Indian journal of veterinary science and animal husbandry - Volume 9,
Year: 1939
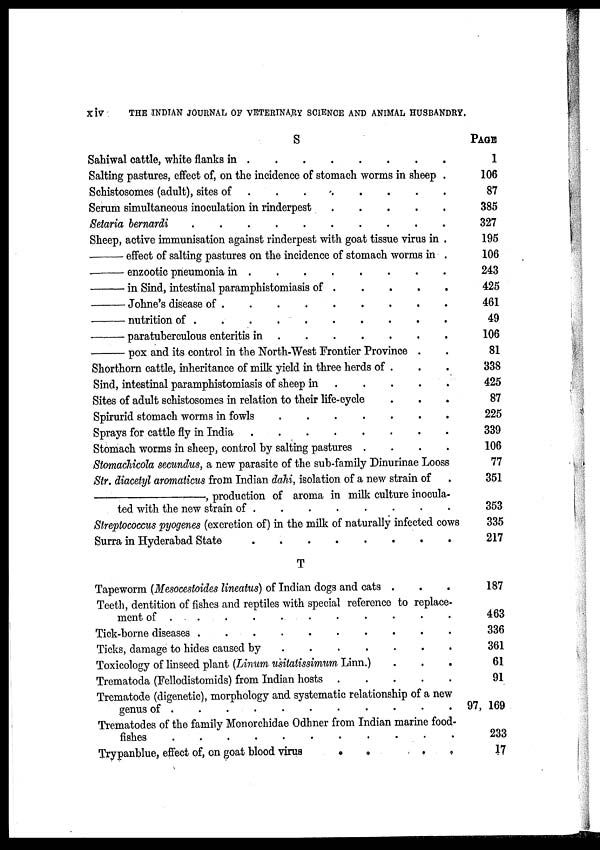
xiv
THE INDIAN JOURNAL OF VETERINARY SCIENCE AND ANIMAL HUSBANDRY.
S
Sahiwal cattle, white flanks in
.
.
.
.
.
.
.
.
Salting pastures, effect of, on the incidence of stomach worms in sheep .
Schistosomes (adult), sites of
.
.
.
.
.
.
.
.
Serum simultaneous inoculation in rinderpest . . . . .
Setaria bernardi . . . . . . . . . .
Sheep, active immunisation against rinderpest with goat tissue virus in .
—
effect of salting pastures on the incidence of stomach worms in .
—
enzootic pneumonia in
.
.
.
.
.
.
.
.
—
in Sind, intestinal paramphistomiasis of . . . . .
—
Johne's disease of
.
.
.
.
.
.
.
.
.
— nutrition of . . . . . . . . . .
—
paratuberculous enteritis in
.
.
.
.
.
.
.
—
pox and its control in the North-West Frontier Province . .
Shorthorn cattle, inheritance of milk yield in three herds of . . .
Sind, intestinal paramphistomiasis of sheep in . . . . .
Sites of adult schistosomes in relation to their life-cycle
.
.
.
Spirurid stomach worms in fowls . . . . . . .
Sprays for cattle fly in India
.
.
.
.
.
.
.
.
Stomach worms in sheep, control by salting pastures . . . .
Stomachicola secundus, a new parasite of the sub-family Dinurinae Looss
Str. diacetyl aromaticus from Indian dahi, isolation of a new strain of .
—,
production of aroma in milk culture inocula-
ted with the new strain of
.
.
.
.
.
.
.
.
Streptococcus pyogenes (excretion of) in the milk of naturally infected cows
Surra in Hyderabad State
.
.
.
.
.
.
.
.
T
Tapeworm (Mesocestoides lineatus) of Indian dogs and cats . . .
Teeth, dentition of fishes and reptiles with special reference to replace-
ment of . . . . . . . . . .
Tick-borne diseases . . . . . . . . .
Ticks, damage to hides caused by
.
.
.
.
.
.
.
Toxicology of linseed plant (Linum usitatissimum Linn.)
.
.
.
Trematoda (Eellodistomids) from Indian hosts . . . . .
Trematode (digenetic), morphology and systematic relationship of a new
genus of . . . . . . . . . .
Trematodes of the family Monorchidae Odhner from Indian marine food-
fishes . . . . . . . . . .
Trypanblue, effect of, on goat blood virus
.
.
.
.
.
.
PAGE
1
106
87
385
327
195
106
243
425
461
49
106
81
338
425
87
225
339
106
77
351
353
335
217
187
463
336
361
61
91
97, 169
233
17